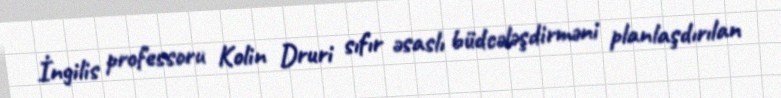
İngilis professoru Kolin Druri sıfır əsaslı büdcələşdirməni planlaşdırılan